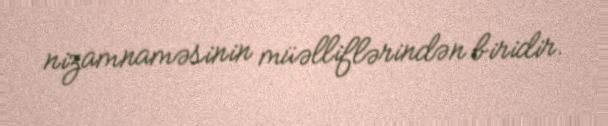
nizamnaməsinin müəlliflərindən biridir.